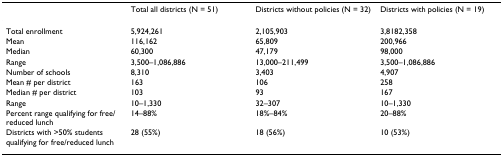
<table><thead><tr><td></td><td><b>Total all districts (N = 51)</b></td><td><b>Districts without policies (N = 32)</b></td><td><b>Districts with policies (N = 19)</b></td></tr></thead><tbody><tr><td>Total enrollment</td><td>5,924,261</td><td>2,105,903</td><td>3,8182,358</td></tr><tr><td>Mean</td><td>116,162</td><td>65,809</td><td>200,966</td></tr><tr><td>Median</td><td>60,300</td><td>47,179</td><td>98,000</td></tr><tr><td>Range</td><td>3,500–1,086,886</td><td>13,000–211,499</td><td>3,500–1,086,886</td></tr><tr><td>Number of schools</td><td>8,310</td><td>3,403</td><td>4,907</td></tr><tr><td>Mean # per district</td><td>163</td><td>106</td><td>258</td></tr><tr><td>Median # per district</td><td>103</td><td>93</td><td>167</td></tr><tr><td>Range</td><td>10–1,330</td><td>32–307</td><td>10–1,330</td></tr><tr><td>Percent range qualifying for free/reduced lunch</td><td>14–88%</td><td>18%–84%</td><td>20–88%</td></tr><tr><td>Districts with &gt;50% students qualifying for free/reduced lunch</td><td>28 (55%)</td><td>18 (56%)</td><td>10 (53%)</td></tr></tbody></table>